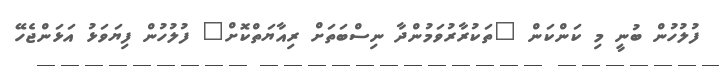
ފުލުހުން ބުނީ މި ކަންކަން "ތަކުރާރުވަމުންދާ ނިސްބަތަށް ރިއާޔަތްކޮށް" ފުލުހުން ފިޔަވަޅު އަޅަންޖެހޭ